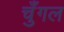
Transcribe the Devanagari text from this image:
चुँगल